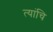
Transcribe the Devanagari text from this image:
त्यांचि